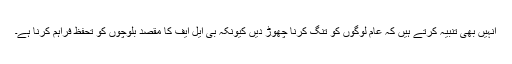
اُنہیں بھی تنبیہ کرتے ہیں کہ عام لوگوں کو تنگ کرنا چھوڑ دیں کیونکہ بی ایل ایف کا مقصد بلوچوں کو تحفظ فراہم کرنا ہے۔